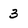
Character: 3